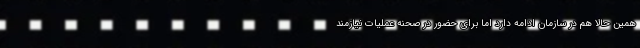
همین حالا هم در سازمان ادامه دارد اما برای حضور در صحنه عملیات نیازمند